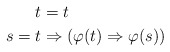
\begin{align*}t & = t \\s = t & \Rightarrow (\varphi(t) \Rightarrow \varphi(s)) \end{align*}